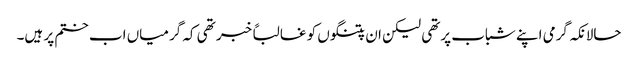
حالانکہ گرمی اپنے شباب پرتھی لیکن ان پتنگوں کو غالباً خبر تھی کہ گرمیاں اب ختم پر ہیں۔